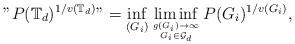
LaTeX: \begin{align*}"P(\mathbb{T}_d)^{1/v(\mathbb{T}_d)}"=\inf_{(G_i)}\liminf_{g(G_i)\to \infty \atop G_i\in \mathcal{G}_d}P(G_i)^{1/v(G_i)},\end{align*}